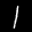
Label: 1